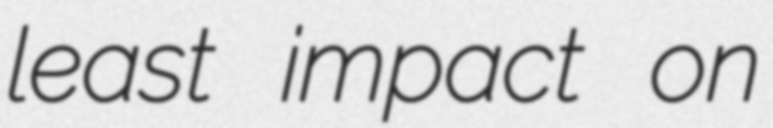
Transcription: least impact on